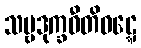
သဗ္ဗဒုက္ခဝီတိဝဋ္ဋေ